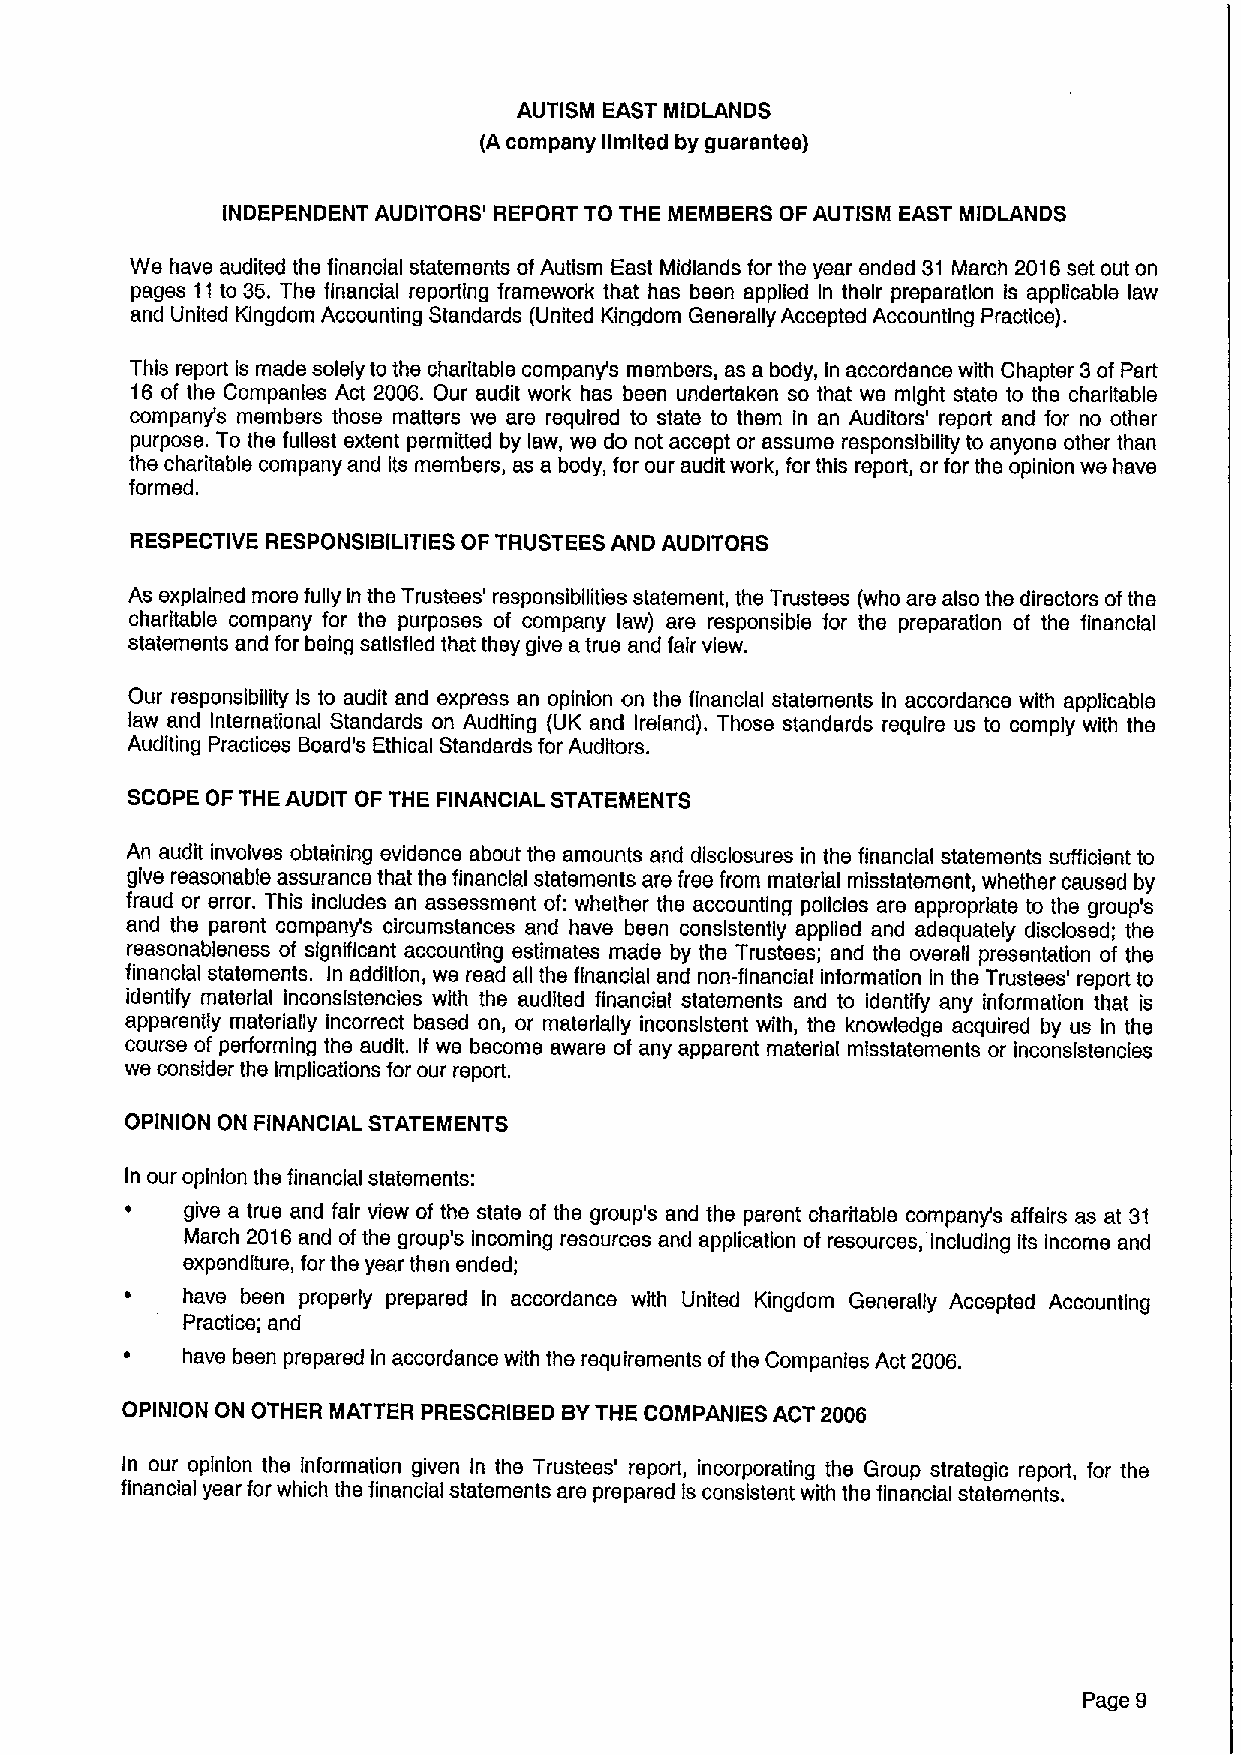
AUTISM EAST MIDLANDS
 (A company limited by guarantee)
 INDEPENDENT AUDITORS' REPORT TO THE MEMBERS OF AUTISM EAST MIDLANDS
 We have audited the financial statements ofAutism East Midlands for the year ended 31 March 2016set out on
 pages 11to 35.The financial reporting framework that has been applied In their preparation is applicable law
 and United Kingdom Accounting Standards (United Kingdom Generally Accepted Accounting Practice).
 This report Is made solely to the charitable company's members, as a body, In accordance with Chapter 3of Part
 16 of the Companies Act 2006. Our audit work has been undertaken so that we might state to the charitable
 company's members those matters we are required to state to them In an Auditors' report and for no other
 purpose. To the fullest extent permitted by law, we do not accept or assume responsibility to anyone other than
 the charitable company and its members, as a body, for our audit work, for this report, or for the opinion we have
 formed.
 RESPECTIVE RESPONSIBILITIES OF TRUSTEES AND AUDITORS
 As explained more fully in the Trustees' responsibilities statement, the Trustees (who are also the directors ofthe
 charitable company for the purposes of company law) are responsible for the preparation of the financial
 statements and for being satisfied that they give atrue and fair view.
 Our responsibility Is to audit and express an opinion on the financial statements In accordance with applicable
 law and International Standards on Auditing (UK and Ireland). Those standards require us to comply with the
 Auditing Practices Board's Ethical Standards for Auditors.
 SCOPE OF THE AUDIT OF THE FINANCIAL STATEMENTS
 An audit Involves obtaining evidence about the amounts and disclosures in the financial statements sufficient to
 give reasonable assurance that the financial statements are free from material misstatement, whether caused by
 fraud or error. This includes an assessment of: whether the accounting policies are appropriate to the group's
 and the parent company's circumstances and have been consistently applied and adequately disclosed; the
 reasonableness of significant accounting estimates made by the Trustees; and the overall presentation of the
 financial statements. In addition, we read all the financial and non-financial information in the Trustees' report to
 identify material inconsistencies with the audited financial statements and to identify any information that is
 apparently materially incorrect based on, or materially inconsistent with, the knowledge acquired by us In the
 course of performing the audit. If we become aware of any apparent material mlsstatements or inconsistencies
 we consider the Implications for our report.
 OPINION ON FINANCIAL STATEMENTS
 In our opinion the financial statements:
 give a true and fair vfew of the state of the group's and the parent charitable company's affairs as at 31
 March 2016and of the group's Incoming resources and application of resources, including Its Income and
 expenditure, for the year then ended;
 have been properly prepared In accordance with United Kingdom Generally Accepted Accounting
 Practice; and
 have been prepared In accordance with the requirements ofthe Companies Act 2006.
 OPINION ON OTHER MATTER PRESCRIBED BYTHE COMPANIES ACT 2006
 In our opinion the information given In the Trustees' report, incorporating the Group strategic report, for the
 financial year for which the financial statements are prepared Is consistent with the financial statements.
 Page 9